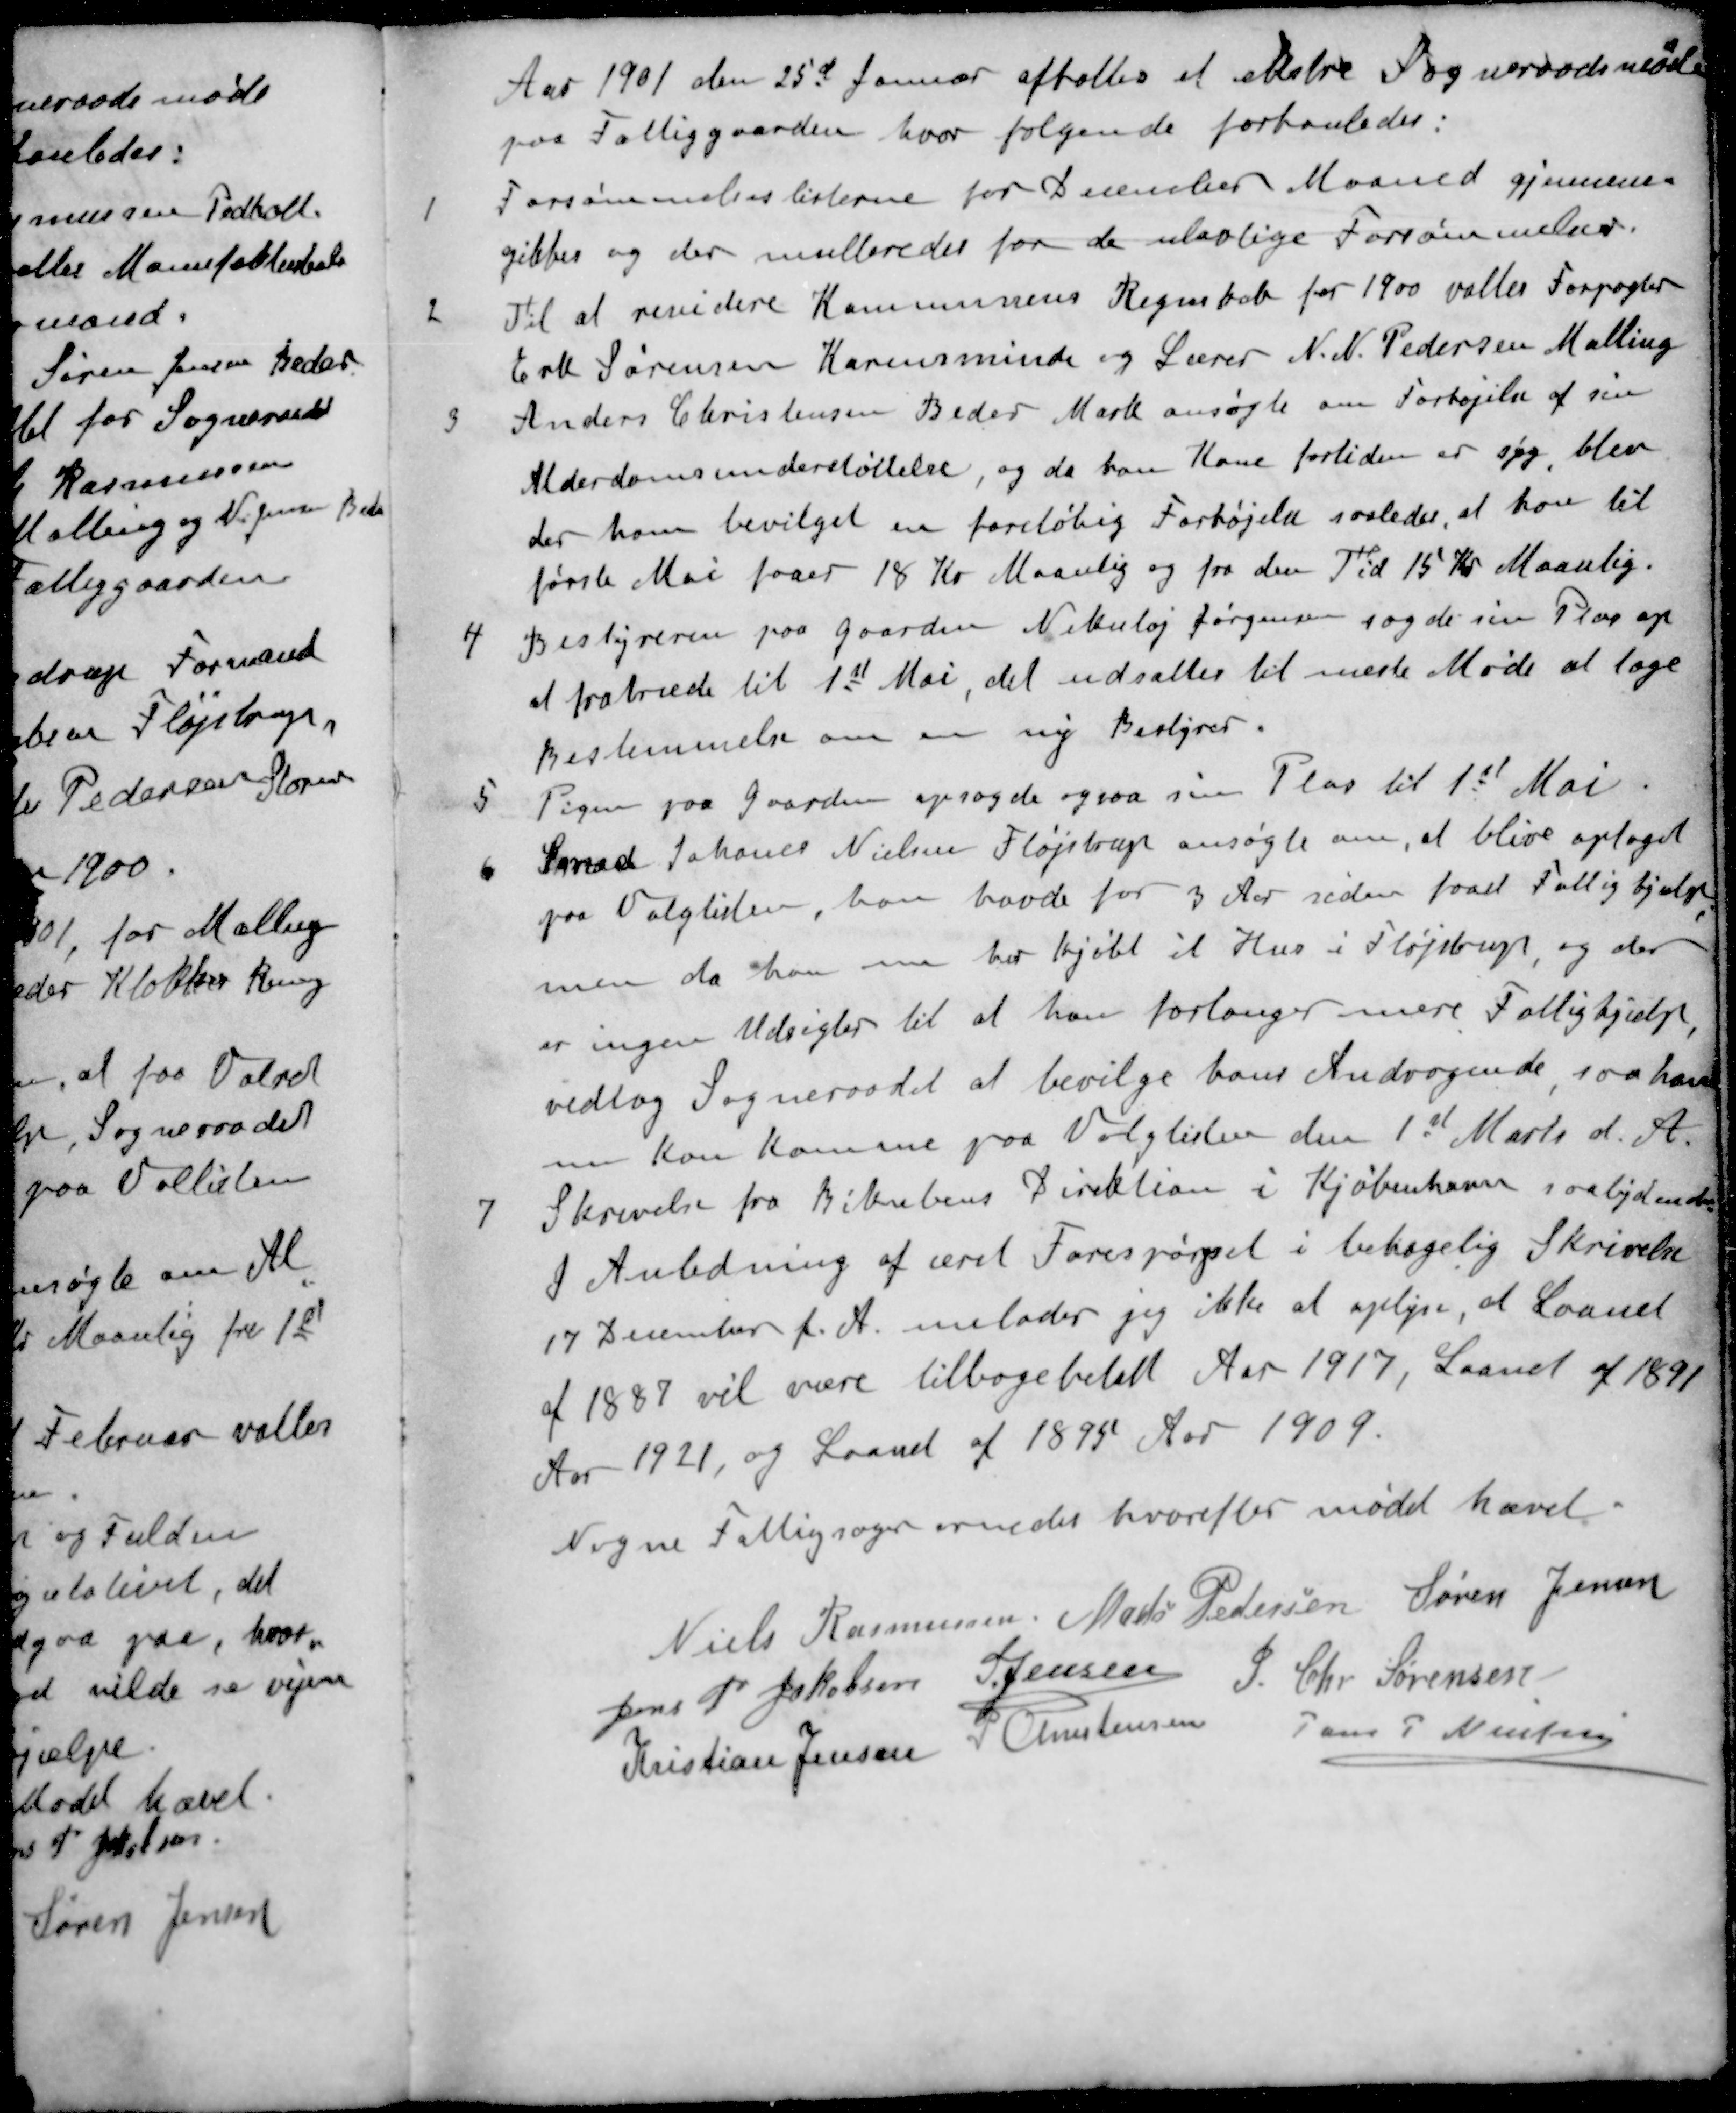
Transskription:
Aar 1901 den 25d Januar afholtes et  Sogneraadsmøde
paa Fattiggaarden, hvor følgende forhanledes:
1 Forsømmelseslisterne for December Maaned gjennem-
gikkes og der multeredes for de ulovlige Forsømmelser.
2 Til at revidere Kommunens Regnskab for 1900 valtes Forpagter
Erk Sørensen Karensminde og Lærer N. N. Pedersen Malling
3 Anders Christensen Beder Mark ansøgte om Forhøjelse af sin
Alderdomsunderstøttelse, og da han Kone fortiden er sig blev
der ham bevilget en foreløbig Forhøjelse saaledes, at har til
første Mai faaer 18 Kr Maanlig og fra den Tid 15 Kr Maanlig.
4 Bestyreren paa Gaarden Nikolaj Jørgensen sagde sin Plads op
at fratræde til 1st Mai, det udsattes til næste Møde at tage
Bestemmelse om en ny Bestyrer.
5 Pigen paa Gaarden opsagde ogsaa sin Plas til 1st Mai
6 Smed Johanes Nielsen Fløjstrup ansøgte om, at blive optaget
paa Valglisten, han havde for 3 Aar siden faaet Fattighjælp
men da han nu her kjøbt et Hus i Fløjstrup, og der
er ingen Udsigter til at han forlanger mere Fattighjælp,
vedtog Sogneraadet at bevilge hans Andragende saa han
nu kan komme paa Valglisten den 1ste Marts d. A.
7 Skrivelse fra Bikubens Direktion i Kjøbenhavn saalydende
I Anledning af æret Forespørgsel i behagelig Skrivelse
17 December f. A. unlader jeg ikke at oplyse, at Laanet
af 1887 vil være tilbagebetalt Aar 1917, Laanet af 1891
Aar 1921, og Laanet af 1895 Aar 1909.
Nogne Fattigsager ornedes hvorefter mødet hævet.
Niels Rasmussen
Mads Pedersen
Søren Jensen
Jens P Jakobsen
S Jensen
J Chr Sørensen
Kristian Jensen
P Christensen
Jens P Nielsen